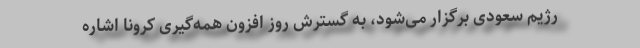
رژیم سعودی برگزار می‌شود، به گسترش روز افزون همه‌گیری کرونا اشاره